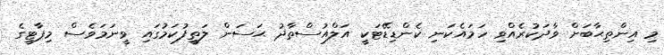
މި އިންތިޙާބަށް ވާދަކުރެއްވި ހަމައެކަނި ކެންޑިޑޭޓަކީ އަލްއުސްތާޛު ޙަސަން ލަތީފުކަމުގައި ވީނަމަވެސް މިޕާޓީގެ